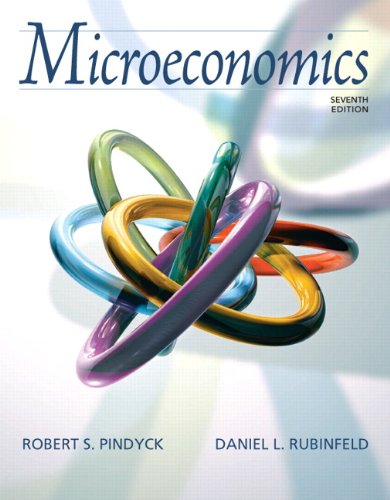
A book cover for Microeconomics (7th Edition); Robert Pindyck; Business & Money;